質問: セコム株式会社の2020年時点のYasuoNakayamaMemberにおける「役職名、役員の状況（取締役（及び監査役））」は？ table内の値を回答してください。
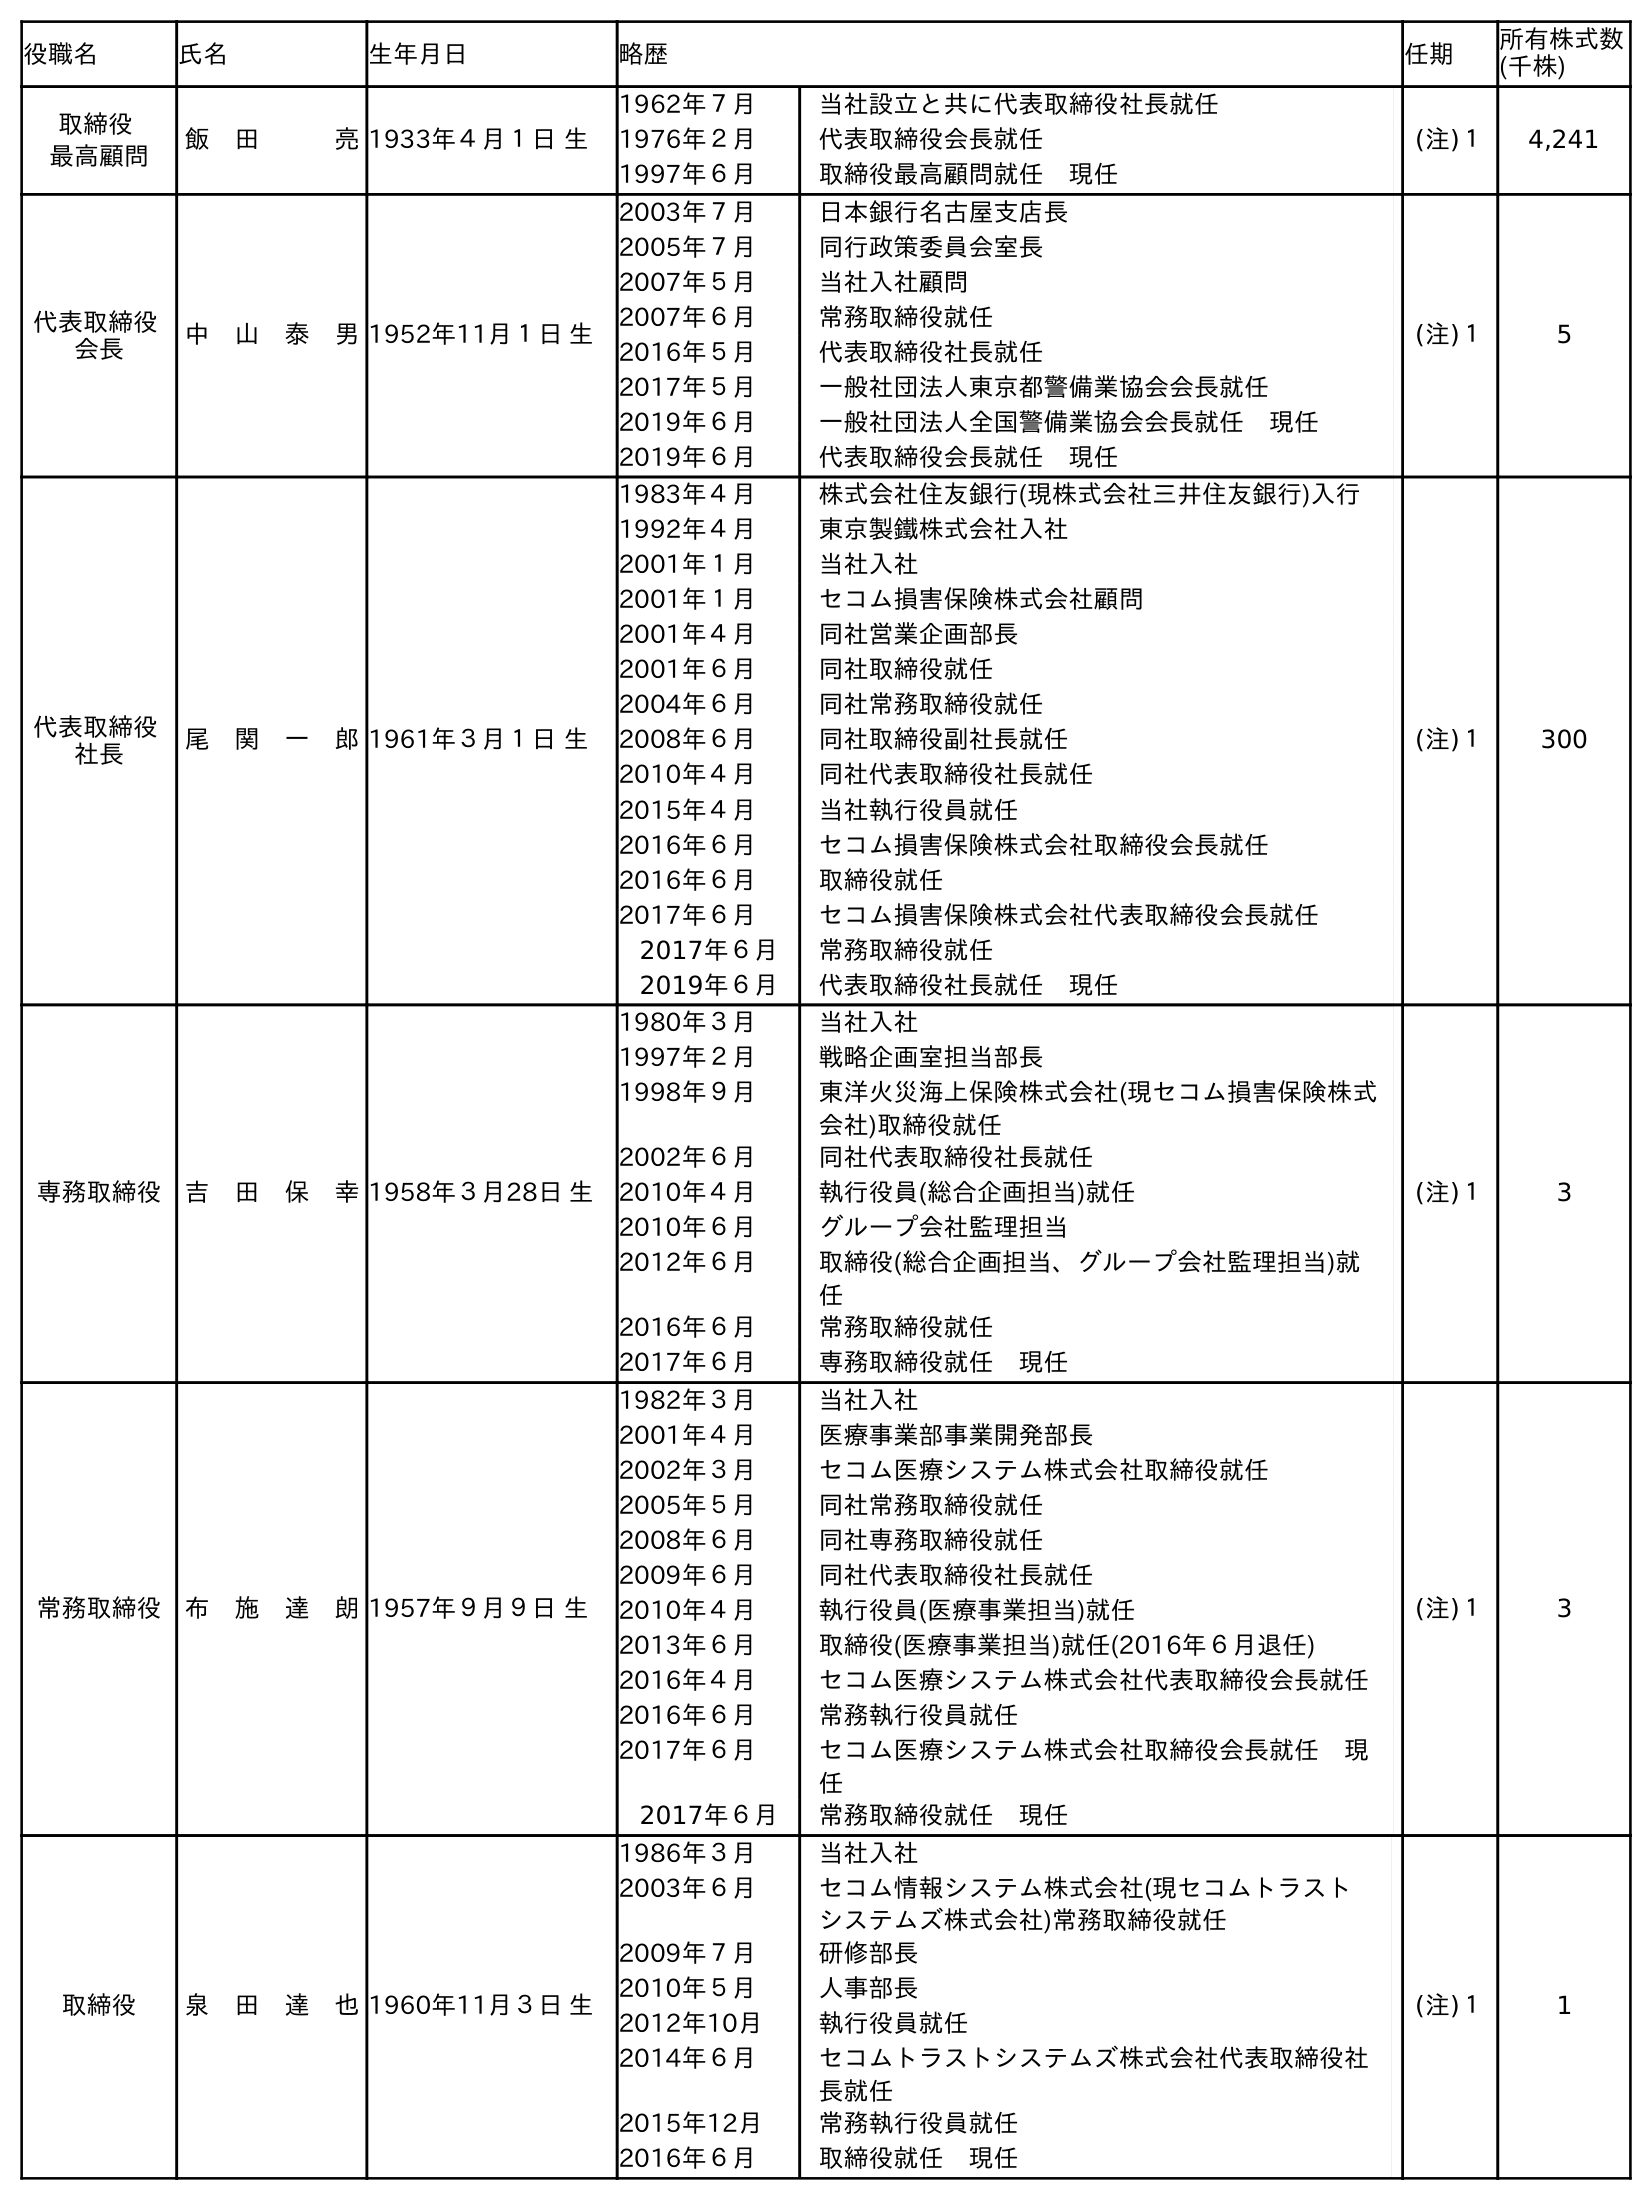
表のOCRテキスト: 役職名 氏名 生年月日 略歴 任期 所有株式数 (千株) 取締役 最高顧問 飯 田   亮1933年４月１日 生 1962年７月 当社設立と共に代表取締役社長就任 1976年２月 代表取締役会長就任 1997年６月 取締役最高顧問就任 現任 (注)１ 4,241 代表取締役 会長 中 山 泰 男1952年11月１日 生 2003年７月 日本銀行名古屋支店長 2005年７月 同行政策委員会室長 2007年５月 当社入社顧問 2007年６月 常務取締役就任 2016年５月 代表取締役社長就任 2017年５月 一般社団法人東京都警備業協会会長就任 2019年６月 一般社団法人全国警備業協会会長就任 現任 2019年６月 代表取締役会長就任 現任 (注)１ 5 代表取締役 社長 尾 関 一 郎1961年３月１日 生 1983年４月 株式会社住友銀行(現株式会社三井住友銀行)入行 1992年４月 東京製鐵株式会社入社 2001年１月 当社入社 2001年１月 セコム損害保険株式会社顧問 2001年４月 同社営業企画部長 2001年６月 同社取締役就任 2004年６月 同社常務取締役就任 2008年６月 同社取締役副社長就任 2010年４月 同社代表取締役社長就任 2015年４月 当社執行役員就任 2016年６月 セコム損害保険株式会社取締役会長就任 2016年６月 取締役就任 2017年６月 セコム損害保険株式会社代表取締役会長就任 2017年６月 常務取締役就任 2019年６月 代表取締役社長就任 現任 (注)１ 300 専務取締役 吉 田 保 幸1958年３月28日 生 1980年３月 当社入社 1997年２月 戦略企画室担当部長 1998年９月 東洋火災海上保険株式会社(現セコム損害保険株式 会社)取締役就任 2002年６月 同社代表取締役社長就任 2010年４月 執行役員(総合企画担当)就任 2010年６月 グループ会社監理担当 2012年６月 取締役(総合企画担当、グループ会社監理担当)就 任 2016年６月 常務取締役就任 2017年６月 専務取締役就任 現任 (注)１ 3 常務取締役 布 施 達 朗1957年９月９日 生 1982年３月 当社入社 2001年４月 医療事業部事業開発部長 2002年３月 セコム医療システム株式会社取締役就任 2005年５月 同社常務取締役就任 2008年６月 同社専務取締役就任 2009年６月 同社代表取締役社長就任 2010年４月 執行役員(医療事業担当)就任 2013年６月 取締役(医療事業担当)就任(2016年６月退任) 2016年４月 セコム医療システム株式会社代表取締役会長就任 2016年６月 常務執行役員就任 2017年６月 セコム医療システム株式会社取締役会長就任 現 任 2017年６月 常務取締役就任 現任 (注)１ 3 取締役 泉 田 達 也1960年11月３日 生 1986年３月 当社入社 2003年６月 セコム情報システム株式会社(現セコムトラスト システムズ株式会社)常務取締役就任 2009年７月 研修部長 2010年５月 人事部長 2012年10月 執行役員就任 2014年６月 セコムトラストシステムズ株式会社代表取締役社 長就任 2015年12月 常務執行役員就任 2016年６月 取締役就任 現任 (注)１ 1
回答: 代表取締役会長